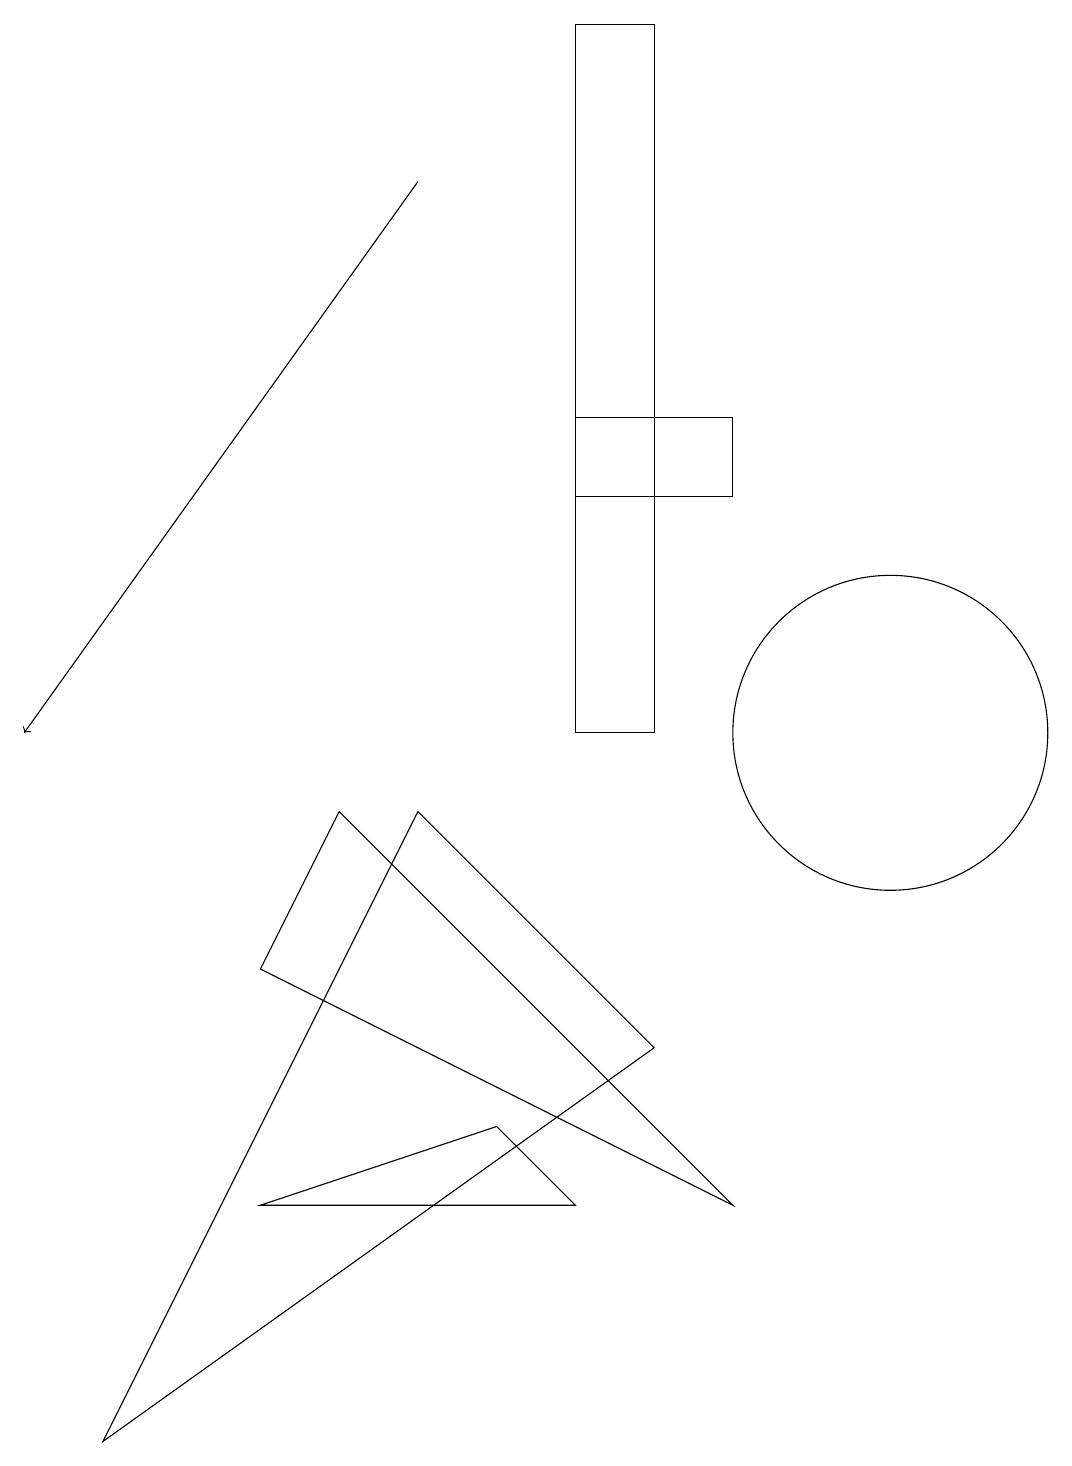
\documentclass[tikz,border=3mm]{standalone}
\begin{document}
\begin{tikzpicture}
\draw[->] (5,17) -- (0,10);
\draw (7,4) -- (6,5) -- (3,4) -- cycle;
\draw (8,19) rectangle (7,10);
\draw (11,10) circle (2);
\draw (9,4) -- (3,7) -- (4,9) -- cycle;
\draw (9,13) rectangle (7,14);
\draw (1,1) -- (5,9) -- (8,6) -- cycle;
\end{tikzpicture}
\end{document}